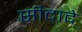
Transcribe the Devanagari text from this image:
सीदादे